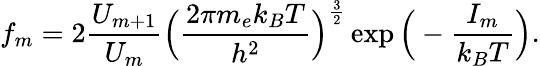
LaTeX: f_{m}=2\frac{U_{m+1}}{U_{m}}\Big(\frac{2\pi m_{e}k_{B}T}{h^{2}}\Big)^{\frac{3}{2}}\exp\Big(-\frac{I_{m}}{k_{B}T}\Big).